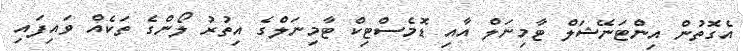
އެގޮތުން އިންޓަނޭޝަލް ޓާމިނަލް އާއި ޑޮމެސްޓިކް ޓާމިނަލްގެ އިތުރު ލޯންގެ ތަކެއް ވައިފައި